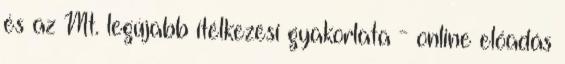
és az Mt. legújabb ítélkezési gyakorlata - online előadás